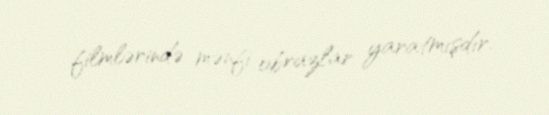
filmlərində mənfi obrazlar yaratmışdır.